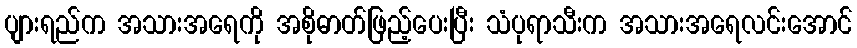
ပျားရည်က အသားအရေကို အစိုဓာတ်ဖြည့်ပေးပြီး သံပုရာသီးက အသားအရေလင်းအောင်